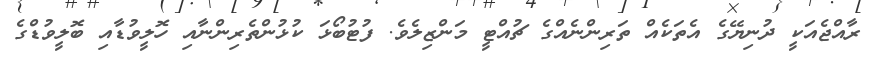
ރާއްޖެއަކީ ދުނިޔޭގެ އެތަކެއް ތަރިންނެއްގެ ޗުއްޓީ މަންޒިލެވެ. ފުޓުބޯޅަ ކުޅުންތެރިންނާއި ހޮލީވުޑާއި ބޮލީވުޑްގެ